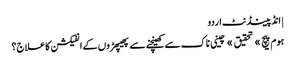
| انڈپینڈنٹ اردو
ہوم پیچ » تحقیق » چینی ناک سے کھینچنے سے پھیپھڑوں کے انفیکشن کا علاج؟